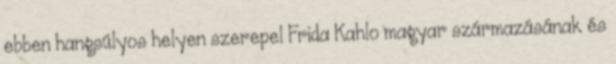
ebben hangsúlyos helyen szerepel Frida Kahlo magyar származásának és